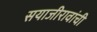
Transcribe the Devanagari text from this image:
सयाजीरावांची